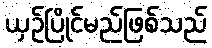
ယှဉ်ပြိုင်မည်ဖြစ်သည်